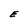
Character: E